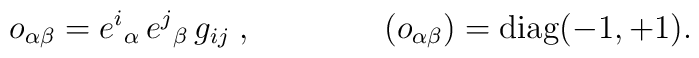
o_{\alpha\beta} = e^{i}{}_{\alpha}\,e^{j}{}_{\beta}\,g_{ij}\; ,\qquad\qquad (o_{\alpha\beta}) ={\rm diag}(-1,+1).